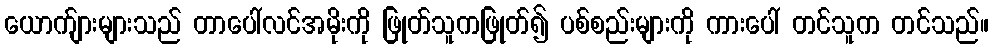
ယောက်ျားများသည် တာပေါ်လင်အမိုးကို ဖြုတ်သူကဖြုတ်၍ ပစ်စည်းများကို ကားပေါ် တင်သူက တင်သည်။